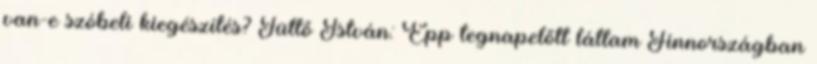
van-e szóbeli kiegészítés? Tüttő István: Épp tegnapelőtt láttam Finnországban